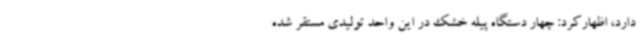
دارد، اظهارکرد: چهار دستگاه پیله خشک در این واحد تولیدی مستقر شده